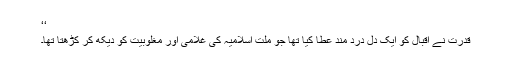
‘‘
قدرت نے اقبال کو ایک دل درد مند عطا کیا تھا جو ملت اسلامیہ کی غلامی اور مغلوبیت کو دیکھ کر کڑھتا تھا۔